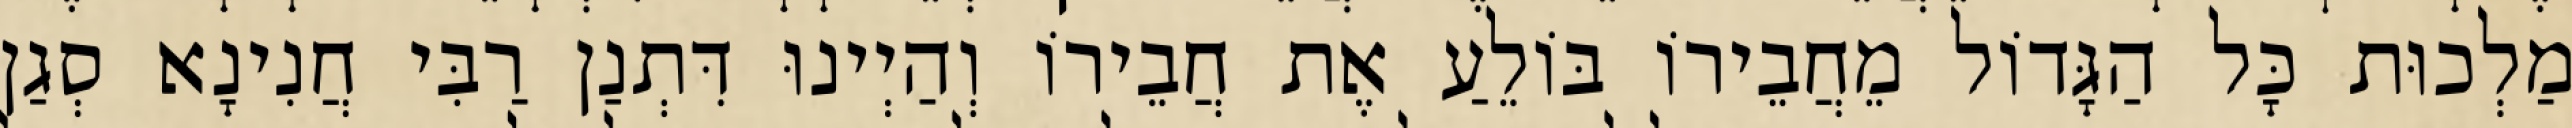
מַלְכוּת כָּל הַגָּדוֹל מֵחֲבֵירוֹ בּוֹלֵעַ אֶת חֲבֵירוֹ וְהַיְינוּ דִּתְנַן רַבִּי חֲנִינָא סְגַן